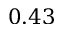
0 . 4 3